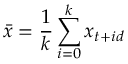
\bar { x } = \frac { 1 } { k } \sum _ { i = 0 } ^ { k } x _ { t + i d }